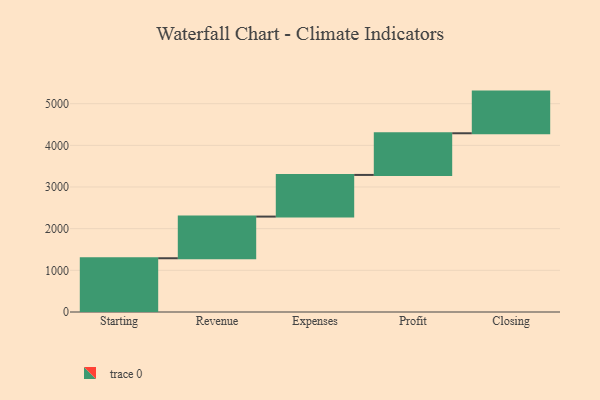
{"axis": {"x": "Step", "y": "Value"}, "legend": [""], "data": [{"x": "Starting", "y": 1290.0, "type": ""}, {"x": "Revenue", "y": 1000, "type": ""}, {"x": "Expenses", "y": 1000, "type": ""}, {"x": "Profit", "y": 1000, "type": ""}, {"x": "Closing", "y": 1000, "type": ""}]}